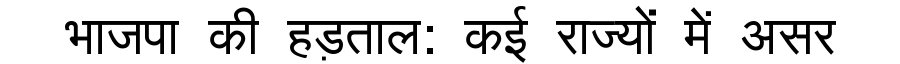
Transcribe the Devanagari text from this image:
भाजपा की हड़ताल: कई राज्यों में असर